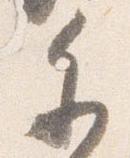
参